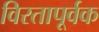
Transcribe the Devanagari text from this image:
विरतापूर्वक